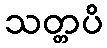
သတ္တပိ